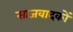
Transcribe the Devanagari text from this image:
साजवादकों